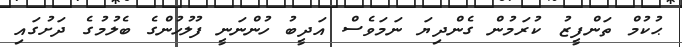
ޙުކުމް ތަންފީޒު ކުރަމުން ގެންދިޔަ ނަމަވެސް އަދީބު ހުންނަނީ ފުލުހުންގެ ބެލުމުގެ ދަށުގައި